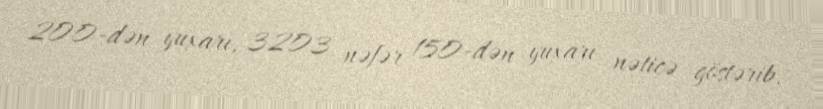
200-dən yuxarı, 3203 nəfər 150-dən yuxarı nəticə göstərib.